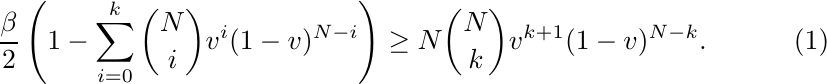
\begin{equation} \label{eq:upper_eq_new}
\frac{\beta}{2} \left(1-\sum_{i=0}^k {N \choose i}v^i(1-v)^{N-i}\right) \geq N{N \choose k} v^{k+1}(1-v)^{N-k}.
\end{equation}